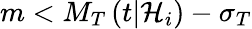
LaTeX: m<M_{T}\left(t\vert{\cal H}_{i}\right)-\sigma_{T}